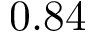
0 . 8 4